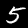
Digit: 5